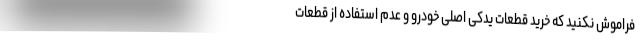
فراموش نکنید که خرید قطعات یدکی اصلی خودرو و عدم استفاده از قطعات